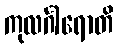
ကုလင်္ဂါရောတိ